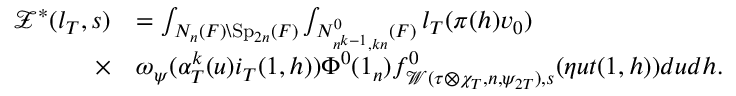
\begin{array} { r l } { \mathcal { Z } ^ { \ast } ( l _ { T } , s ) } & { = \int _ { N _ { n } ( F ) \backslash \mathrm { S p } _ { 2 n } ( F ) } \int _ { N _ { n ^ { k - 1 } , k n } ^ { 0 } ( F ) } l _ { T } ( \pi ( h ) v _ { 0 } ) } \\ { \times } & { \omega _ { \psi } ( \alpha _ { T } ^ { k } ( u ) i _ { T } ( 1 , h ) ) \Phi ^ { 0 } ( 1 _ { n } ) f _ { \mathcal { W } ( \tau \otimes \chi _ { T } , n , \psi _ { 2 T } ) , s } ^ { 0 } ( \eta u t ( 1 , h ) ) d u d h . } \end{array}